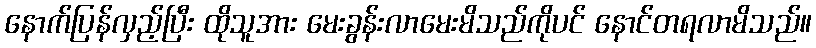
နောက်ပြန်လှည့်ပြီး ထိုသူအား မေးခွန်းလာမေးမိသည်ကိုပင် နောင်တရလာမိသည်။